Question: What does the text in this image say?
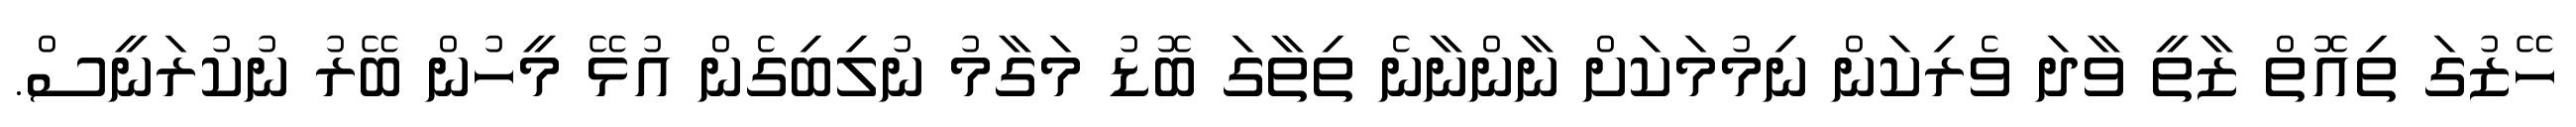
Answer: ހޭޒުގަ ތިއޮތް ޒާތީ ވާދަ ވެރިކަން ނިމުމަކަށް ނާންނާނެ ތިތާގަ ބޮޑު މަގާމު ނުލިބިގެން އުޅޭ މީހުން ބޭރު ނުކުރަނީސް.